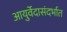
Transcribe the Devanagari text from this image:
आयुर्वेदासंदर्भात